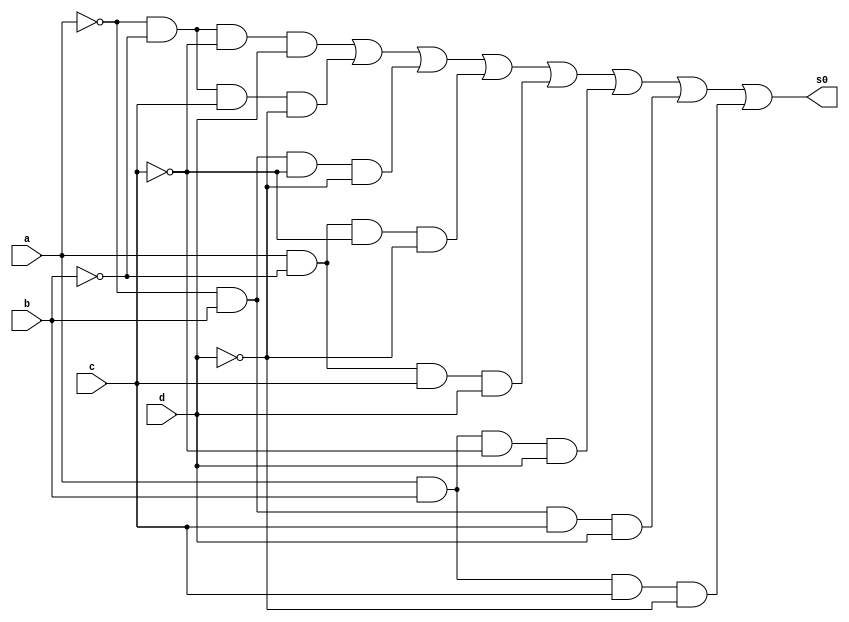
//----------------------------------------------
//-- Alvaro Henrique de Araujo Rungue - 395487
//-- Prova 01 - letra e
//----------------------------------------------


//-- Mapa de karnaugh de s0
 
module s0Karnaugh (s0,a,b,c,d);
output s0;
input a,b,c,d;
wire t1,t2,t3,t4,t5,t,t7,t8;

and AND1 (t1,~a,~b,~c,d);
and AND2 (t2,~a,~b,c,~d);
and AND3 (t3,~a,b,~c,~d);
and AND4 (t4,a,~b,~c,~d);
and AND5 (t5,a,~b,c,d);
and AND6 (t6,a,b,~c,d);
and AND7 (t7,~a,b,c,d);
and AND8 (t8,a,b,c,~d);

or OR1 (s0,t1,t2,t3,t4,t5,t6,t7,t8); 





endmodule //fim s0Karnaugh

module testes0;

wire s0;
reg a,b,c,d;

//-- inicio teste mapa de s0

s0Karnaugh Teste (s0,a,b,c,d);

 initial begin
 	   $display("\nAlvaro Henrique - 395487 \n");
      $display("\na  b   c   d  s0\n");
      $monitor("%b  %b   %b   %b  %b", a, b, c, d, s0);
  
	     a=0; b=0; c=0; d=0;  
    #1  a=0; b=0; c=0; d=1;
    #1  a=0; b=0; c=1; d=0;
    #1  a=0; b=0; c=1; d=1;
    #1  a=0; b=1; c=0; d=0;
 	 #1  a=0; b=1; c=0; d=1;
    #1  a=0; b=1; c=1; d=0;
    #1  a=0; b=1; c=1; d=1;
    #1  a=1; b=0; c=0; d=0;
    #1  a=1; b=0; c=0; d=1;
    #1  a=1; b=0; c=1; d=0;
    #1  a=1; b=0; c=1; d=1;
    #1  a=1; b=1; c=0; d=0;
    #1  a=1; b=1; c=0; d=1;
    #1  a=1; b=1; c=1; d=0;
    #1  a=1; b=1; c=1; d=1;


        
    end
    endmodule